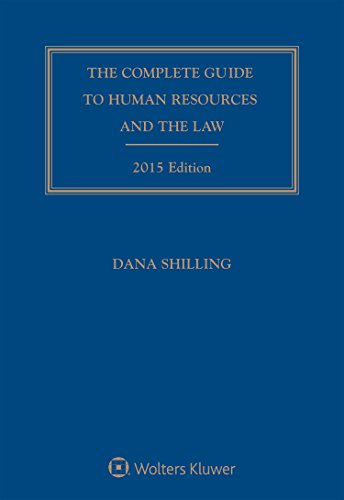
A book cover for Complete Guide To Human Resources and the Law with CD; Dana Shilling; Law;